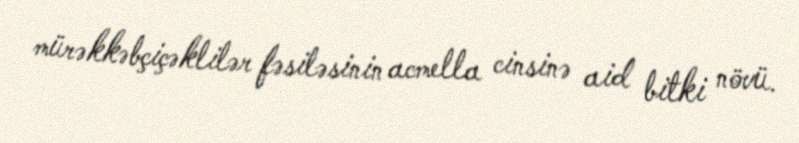
mürəkkəbçiçəklilər fəsiləsinin acmella cinsinə aid bitki növü.